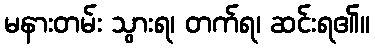
မနားတမ်း သွားရ၊ တက်ရ၊ ဆင်းရ၏။